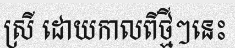
ស្រី ដោយកាលពីថ្មីៗនេះ